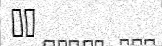
١٠